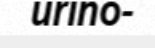
urino-